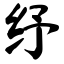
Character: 纾